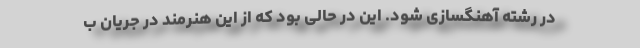
در رشته آهنگسازی شود. این در حالی بود که از این هنرمند در جریان ب